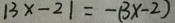
\vert 3 x - 2 \vert = - ( 3 x - 2 )